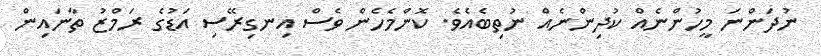
ނުދަންނަ މީހުންނެއް ކުދިންނެއް ނުތިބެއެވެ. ކޮންމެހެން ވެސް އިނގިރޭސި އަޑުގެ ރަމްޒު ތާނައިން